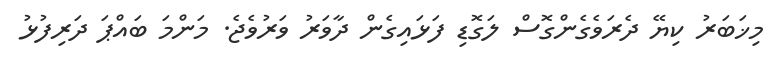
މިޚަބަރު ކިޔޭ ދެރަވެގެންގޮސް ލަގޮޑި ފަޅައިގެން ދާވަރު ވަރުވެެޖެ. މަންމަ ބައްޕަ ދަރިފުޅު